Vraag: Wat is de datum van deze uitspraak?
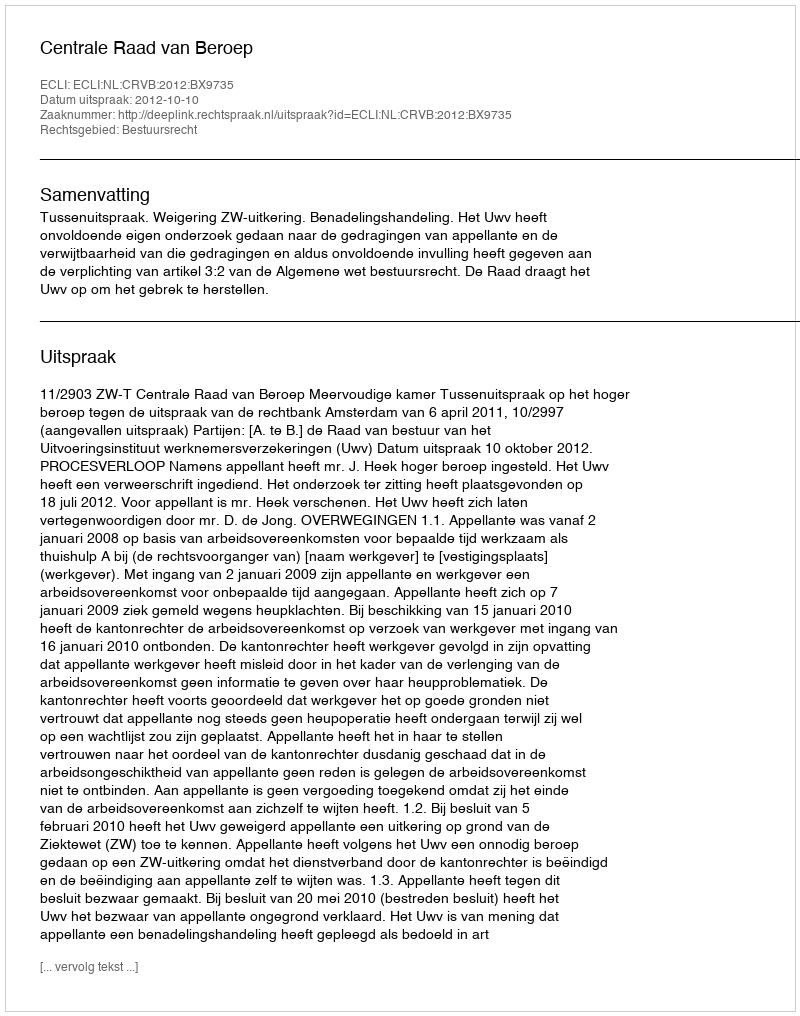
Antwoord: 2012-10-10